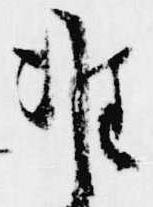
准